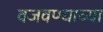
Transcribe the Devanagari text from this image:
वजवण्याच्या